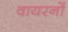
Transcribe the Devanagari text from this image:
वायरनों